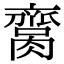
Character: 𦠕